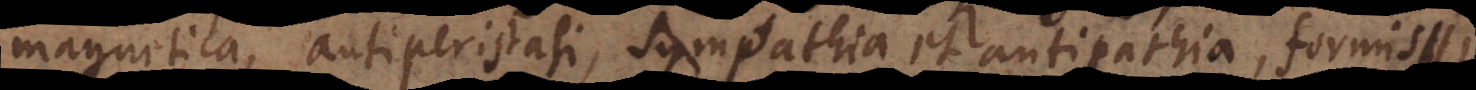
magnetica, antiperistasi, sympathia et antipathia, formis